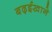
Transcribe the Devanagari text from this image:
बढ़ईखाने